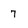
Character: 7